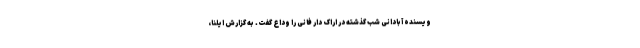
ویسنده آبادانی شب گذشته در اراک دار فانی را وداع گفت. به گزارش ایلنا،